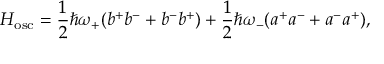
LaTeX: { \cal H } _ { \mathrm { o s c } } = \frac { 1 } { 2 } \hbar \omega _ { + } ( b ^ { + } b ^ { - } + b ^ { - } b ^ { + } ) + \frac { 1 } { 2 } \hbar \omega _ { - } ( a ^ { + } a ^ { - } + a ^ { - } a ^ { + } ) ,